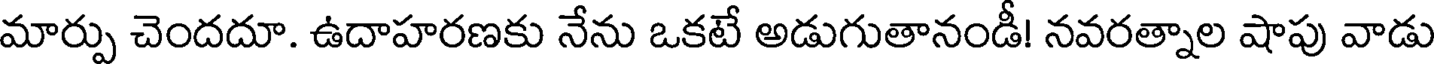
మార్పు చెందదూ. ఉదాహరణకు నేను ఒకటే అడుగుతానండీ! నవరత్నాల షాపు వాడు